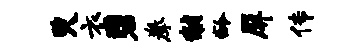
臾衣碧拳黼龄屏传